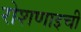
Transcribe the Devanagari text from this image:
रोशणाइची